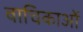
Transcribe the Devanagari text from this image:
वाचिकाओं